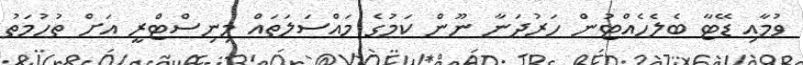
ވުމާއި ޑޭޓާ ބެލެހެއްޓުން ހަރުދަނާ ނޫން ކަމުގެ މައްސަލަތައް މިނިސްޓްރީ އަށް ތުހުމަތު